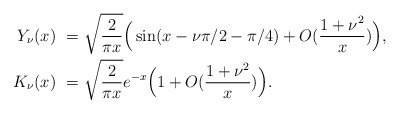
\begin{align*}Y_\nu(x)\ =&\ \sqrt{\frac{2}{\pi x}}\Big(\sin(x-\nu\pi/2-\pi/4)+O(\frac{1+\nu^2}{x})\Big),\\ K_\nu(x)\ =&\ \sqrt{\frac{2}{\pi x}}e^{-x}\Big(1+O(\frac{1+\nu^2}{x})\Big).\end{align*}